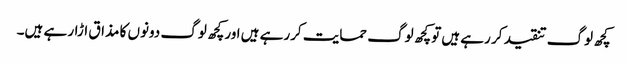
کچھ لوگ تنقید کر رہے ہیں توکچھ لوگ حمایت کررہے ہیں اورکچھ لوگ دونوں کا مذاق اڑار ہے ہیں۔